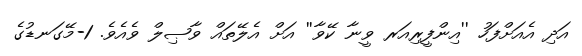
އަދި އެއަށްފަހު ''އިންފީރިއަރ ވީނާ ކޭވާ'' އަށް އެލޭތައް ވާޞިލް ވެއެވެ. 1-މޭގަނޑުގެ